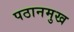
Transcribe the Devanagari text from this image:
पठानमुख